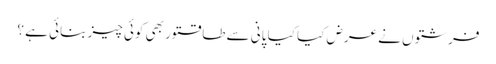
فرشتوں نے عرض کیا کیا پانی سے طاقتور بھی کوئی چیز بنائی ہے ؟